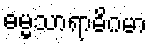
ဓမ္မသာရာဓိဂမာ